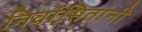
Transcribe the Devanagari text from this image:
निर्वासितांनी